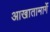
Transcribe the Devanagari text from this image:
आखातामार्गे